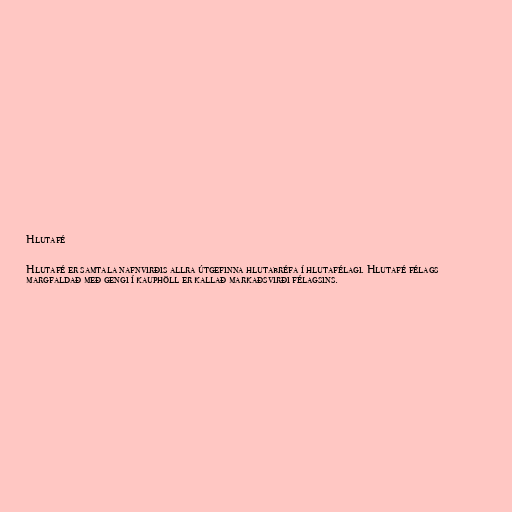
Hlutafé

Hlutafé er samtala nafnvirðis allra útgefinna hlutabréfa í hlutafélagi. Hlutafé félags
margfaldað með gengi í kauphöll er kallað markaðsvirði félagsins.